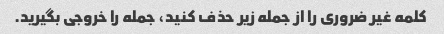
کلمه غیر ضروری را از جمله زیر حذف کنید، جمله را خروجی بگیرید.